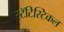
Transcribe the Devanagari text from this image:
स्टॅटिस्टिकल